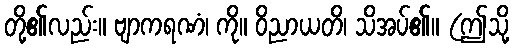
တို့၏လည်း။ ဗျာကရဏံ၊ ကို။ ဝိညာယတိ၊ သိအပ်၏။ (ဤသို့